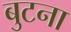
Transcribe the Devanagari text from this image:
बुटना